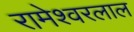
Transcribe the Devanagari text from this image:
रामेश्वरलाल